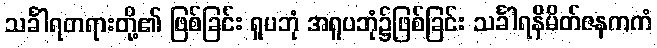
သင်္ခါရတရားတို့၏ ဖြစ်ခြင်း ရူပဘုံ အရူပဘုံ၌ဖြစ်ခြင်း သင်္ခါရနိမိတ်ဇနကကံ